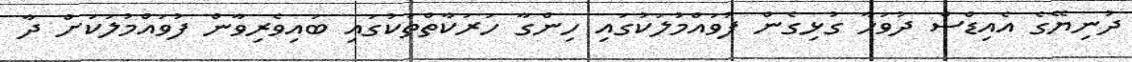
ދުނިޔޭގެ އެއިޑްސް ދުވަހާ ގުޅިގެން ފުވައްމުލަކުގައި ހިންގާ ހަރަކާތްތަކުގައި ބައިވެރިވާން ފުވައްމުލަކަށް ދާ